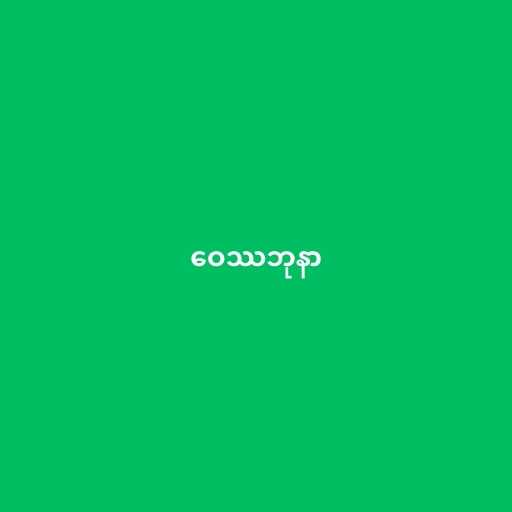
ဝေဿဘုနာ